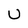
Character: U